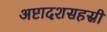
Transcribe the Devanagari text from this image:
अष्टादशसहस्री